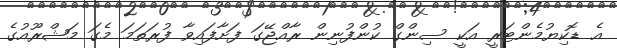
އެ ޑޮކިޔުމެންޓަރީ އަކީ ސިންގް ކުންފުނިން ރާއްޖޭގަ ފަށާފައިވާ ފުރަތަމަ މެގަ މަޝްރޫއުގެ